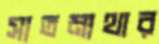
সাতমাথার